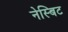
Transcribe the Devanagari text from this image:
नेस्बिट